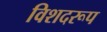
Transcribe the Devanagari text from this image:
विशदरूप